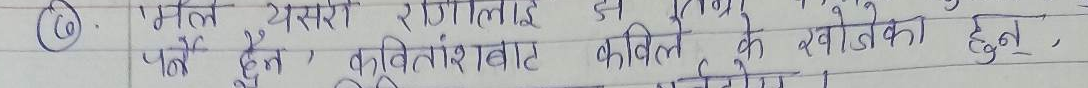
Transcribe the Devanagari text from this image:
(६) मत यसरी राँडिलाई जस्ने हो ।
पनि हुन्, कुवैं तांशा बाट कविले के खोजेको हुन्,